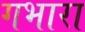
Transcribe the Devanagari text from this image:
गभारा